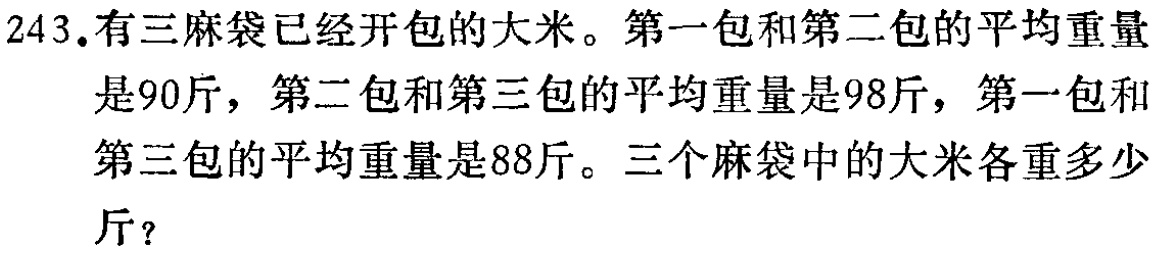
243.有三麻袋已经开包的大米。第一包和第二包的平均重量是90斤，第二包和第三包的平均重量是98斤，第一包和第三包的平均重量是88斤。三个麻袋中的大米各重多少斤？